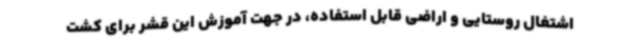
اشتغال روستایی و اراضی قابل استفاده، در جهت آموزش این قشر برای کشت